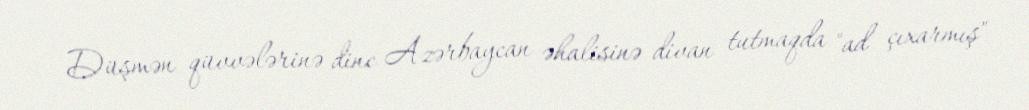
Düşmən qüvvələrinə dinc Azərbaycan əhalisinə divan tutmaqda "ad çıxarmış"